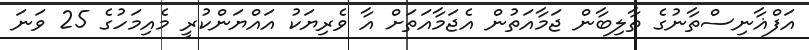
އަފްޣާނިސްތާނުގެ ތާލިބާން ޖަމާއަތުން އެޖަމާއަތަށް އާ ވެރިޔަކު އައްޔަންކުރީ މެއިމަހުގެ 25 ވަނަ